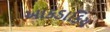
આકડાકિય